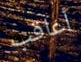
أعاقب